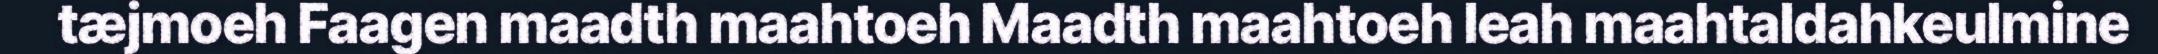
tæjmoeh Faagen maadth maahtoeh Maadth maahtoeh leah maahtaldahkeulmine